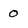
Character: 0